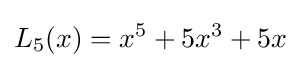
L_{5}(x)=x^{5}+5x^{3}+5x